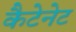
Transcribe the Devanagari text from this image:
कैटेनेट